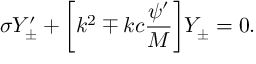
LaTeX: \sigma Y _ { \pm } ^ { \prime } + \biggl [ k ^ { 2 } \mp k c \frac { \psi ^ { \prime } } { M } \biggr ] Y _ { \pm } = 0 .